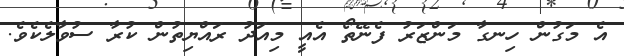
އެ މަގުން ހިނގާ މަންޒަރު ފެނޭތޯ އެއީ މިއަދު ރައްޔިތުން ކުރާ ސުވާލެކެވެ.